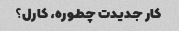
کار جدیدت چطوره، کارل؟